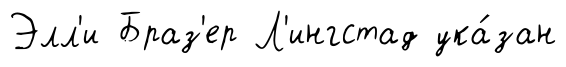
Элл'и Браз'ер Л'ингстад ука́зан